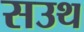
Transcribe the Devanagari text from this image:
सउथ